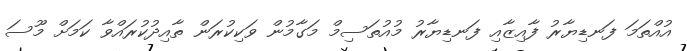
އުއްތަމަ ފަނޑިޔާރު ފާއިޒާއި ފަނޑިޔާރު މުއުތަސިމް މަގާމުން ވަކިކުރަން ތާއިދުކުރައްވާ ކަމަށް މޫސަ